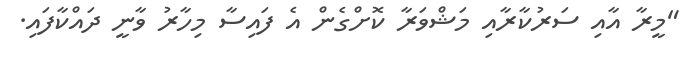
"މީރާ އާއި ސަރުކާރާއި މަޝްވަރާ ކޮށްގެން އެ ފައިސާ މިހާރު ވާނީ ދައްކާފައި.